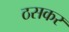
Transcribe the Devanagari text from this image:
ठसकर